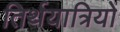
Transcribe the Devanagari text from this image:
तिर्थयात्रियों